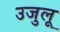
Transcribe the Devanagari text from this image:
उजुलू